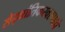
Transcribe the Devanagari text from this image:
सैद्घांतिकस्वरुपाचे